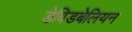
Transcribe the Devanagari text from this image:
डेविडबेलियन